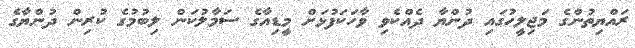
ރައްޔިތުންގެ މަޖިލީހުގައި ދުންޔާ ދެއްކެވި ވާހަކަފުޅަށް މީޑިއާގެ ސަމާލުކަން ލިބުމުގެ ކުރިން ދުންޔާގެ